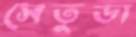
সেতুডা